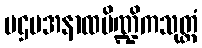
ပဌမအနာထပိဏ္ဍိကသုတ္တံ